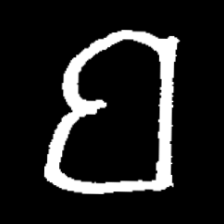
Pyu character \u2014 Myanmar letter: ဗ (romanized: ba)